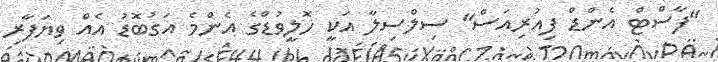
"ފާސްޓް އެންޑް ފިއުރިއަސް" ސިލްސިލާ އަކީ ހޮލީވުޑްގެ އެންމެ އަގުބޮޑު އެއް ވިޔަފާރި